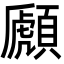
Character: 䫢